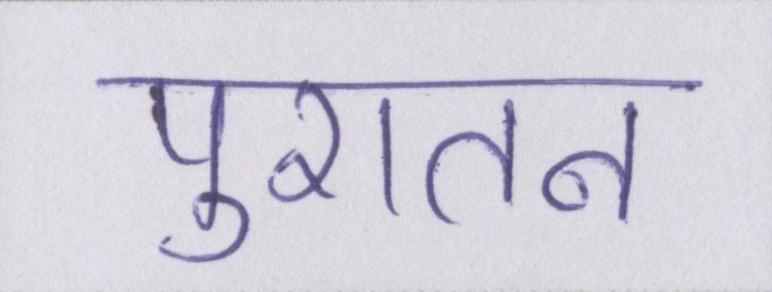
पुरातन